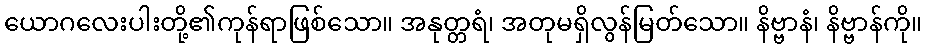
ယောဂလေးပါးတို့၏ကုန်ရာဖြစ်သော။ အနုတ္တရံ၊ အတုမရှိလွန်မြတ်သော။ နိဗ္ဗာနံ၊ နိဗ္ဗာန်ကို။